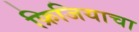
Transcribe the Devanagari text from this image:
फ्रिजियाचा